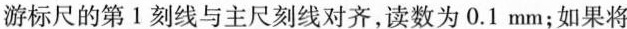
游标尺的第1刻线与主尺刻线对齐，读数为0.1mm；如果将